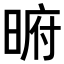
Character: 𭦥